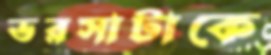
ভরসাটাকে